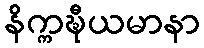
နိက္ကဍ္ဎီယမာနာ